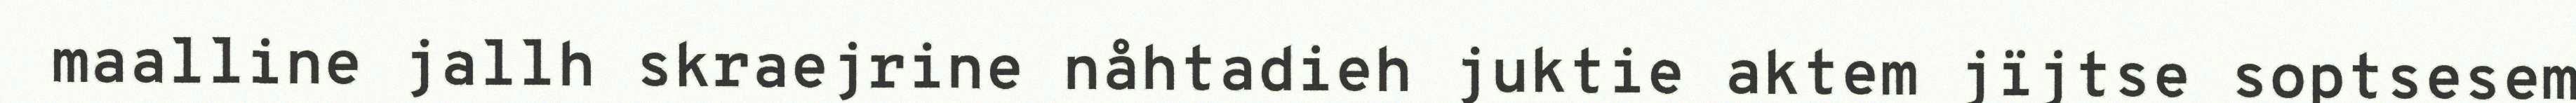
maalline jallh skraejrine nåhtadieh juktie aktem jïjtse soptsesem